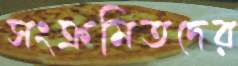
সংক্রমিতদের